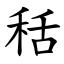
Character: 秳